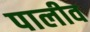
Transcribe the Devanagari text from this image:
पालीव